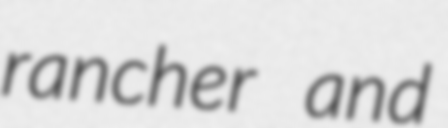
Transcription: rancher and